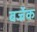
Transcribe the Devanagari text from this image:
बर्ज्रेक